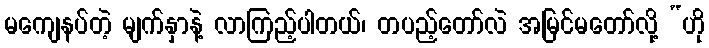
မကျေနပ်တဲ့ မျက်နှာနဲ့ လာကြည့်ပါတယ်၊ တပည့်တော်လဲ အမြင်မတော်လို့ “ဟို